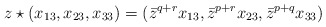
\begin{align*}z\star(x_{13},x_{23},x_{33}) = (\bar{z}^{q+r}x_{13},\bar{z}^{p+r}x_{23},\bar{z}^{p+q}x_{33})\end{align*}